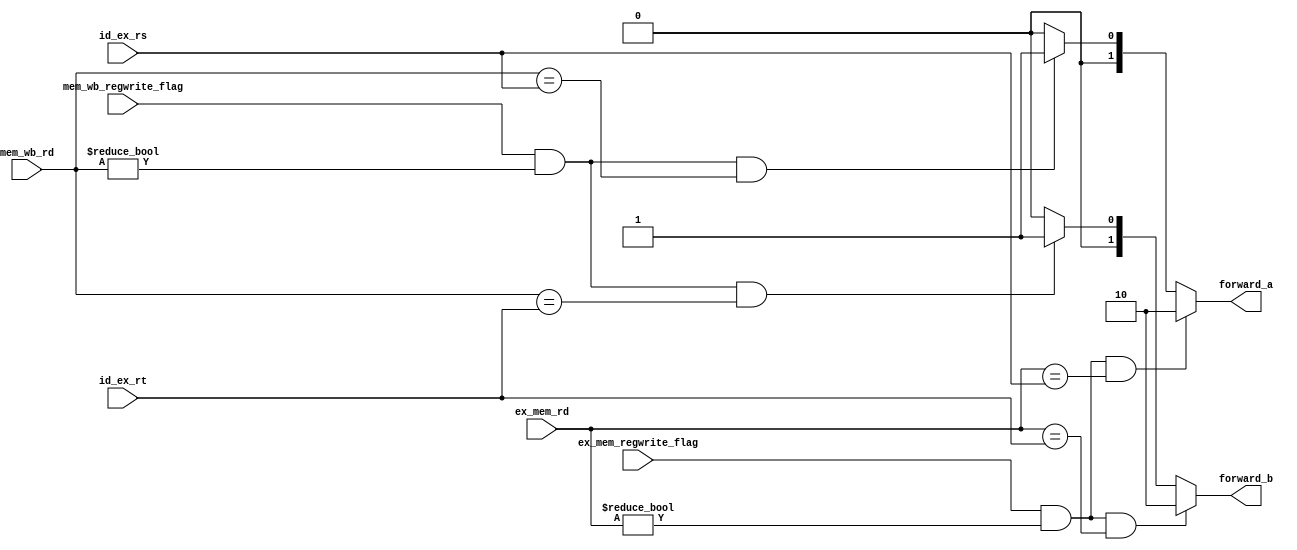
module forwardingUnit(
input wire [4:0]        id_ex_rs,
input wire [4:0]        id_ex_rt,
input wire [4:0]        ex_mem_rd,
input wire [4:0]        mem_wb_rd,
input wire              ex_mem_regwrite_flag,
input wire              mem_wb_regwrite_flag,
output wire [1:0]       forward_a,
output wire [1:0]       forward_b
    );
    
    wire forwardA_ex_mem_condition;
    wire forwardA_mem_wb_condition;
    wire forwardB_ex_mem_condition;
    wire forwardB_mem_wb_condition;
    
    assign forwardA_ex_mem_condition = (ex_mem_regwrite_flag == 1'b1) && (ex_mem_rd != 0) && (ex_mem_rd == id_ex_rs);
//    assign forwardA_mem_wb_condition = (mem_wb_regwrite_flag == 1'b1) && (mem_wb_rd != 0) && ( mem_wb_rd == id_ex_rs) && 
//    ( !((ex_mem_regwrite_flag == 1'b1) && (ex_mem_rd != 0) && ( ex_mem_rd != id_ex_rs)) );
    assign forwardA_mem_wb_condition = (mem_wb_regwrite_flag == 1'b1) && (mem_wb_rd != 0) && ( mem_wb_rd == id_ex_rs);
    
    assign forwardB_ex_mem_condition = (ex_mem_regwrite_flag == 1'b1) && (ex_mem_rd != 0) && (ex_mem_rd == id_ex_rt);
//    assign forwardB_mem_wb_condition = (mem_wb_regwrite_flag == 1'b1) && (mem_wb_rd != 0) && ( mem_wb_rd == id_ex_rt) && 
//    ( !((ex_mem_regwrite_flag == 1'b1) && (ex_mem_rd != 0) && ( ex_mem_rd != id_ex_rt)) );
    assign forwardB_mem_wb_condition = (mem_wb_regwrite_flag == 1'b1) && (mem_wb_rd != 0) && ( mem_wb_rd == id_ex_rt);
    
    function [1:0]  FORWARD;
    input       ex_mem_condition;
    input       mem_wb_condition;
    begin
        if( ex_mem_condition )
            FORWARD = 2'b10;
        else if( mem_wb_condition )
            FORWARD = 2'b01;
        else
            FORWARD = 2'b00;
    end
    endfunction
    
    assign forward_a = FORWARD(forwardA_ex_mem_condition, forwardA_mem_wb_condition);
    assign forward_b = FORWARD(forwardB_ex_mem_condition, forwardB_mem_wb_condition);
    
endmodule